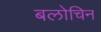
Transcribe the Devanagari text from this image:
बलोचिन